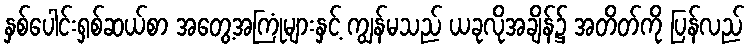
နှစ်ပေါင်းရှစ်ဆယ်စာ အတွေ့အကြုံများနှင့် ကျွန်မသည် ယခုလိုအချိန်၌ အတိတ်ကို ပြန်လည်